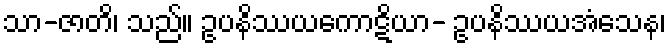
သာ-ဇာတိ၊ သည်။ ဥပနိဿယကောဋိယာ- ဥပနိဿယအံသေန၊